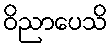
ဝိညာပေသိ